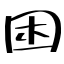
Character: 困